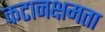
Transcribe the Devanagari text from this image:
कटानक्षमता